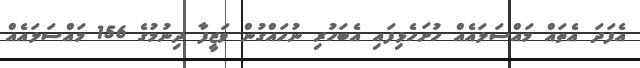
އެފަދަ އެތައް މައްސަލައެއް ހުށަހެޅިފައި އެބަހުރި ނުހައްގުން ވަޒީފާ ދިނުމުގެ 156 މައްސަލައެއް